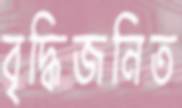
বৃদ্ধিজনিত